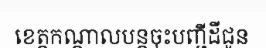
ខេត្តកណ្តាលបន្តចុះបញ្ជីដីជូន